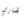
قاري